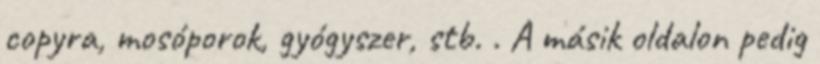
copyra, mosóporok, gyógyszer, stb. . A másik oldalon pedig